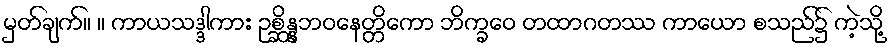
မှတ်ချက်။ ။ ကာယသဒ္ဒါကား ဥစ္ဆိန္နဘဝနေတ္တိကော ဘိက္ခဝေ တထာဂတဿ ကာယော စသည်၌ ကဲ့သို့